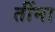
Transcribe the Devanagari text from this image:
तींना